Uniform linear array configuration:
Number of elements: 24
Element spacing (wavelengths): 0.75
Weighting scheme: binomial
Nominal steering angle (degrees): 30
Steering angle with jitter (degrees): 28.816
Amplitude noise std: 0.05
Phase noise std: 0.05

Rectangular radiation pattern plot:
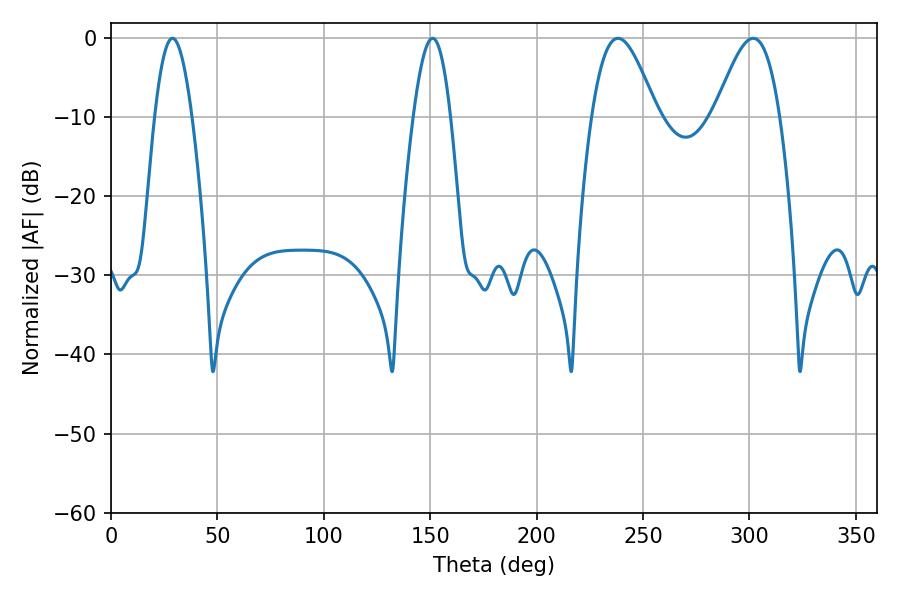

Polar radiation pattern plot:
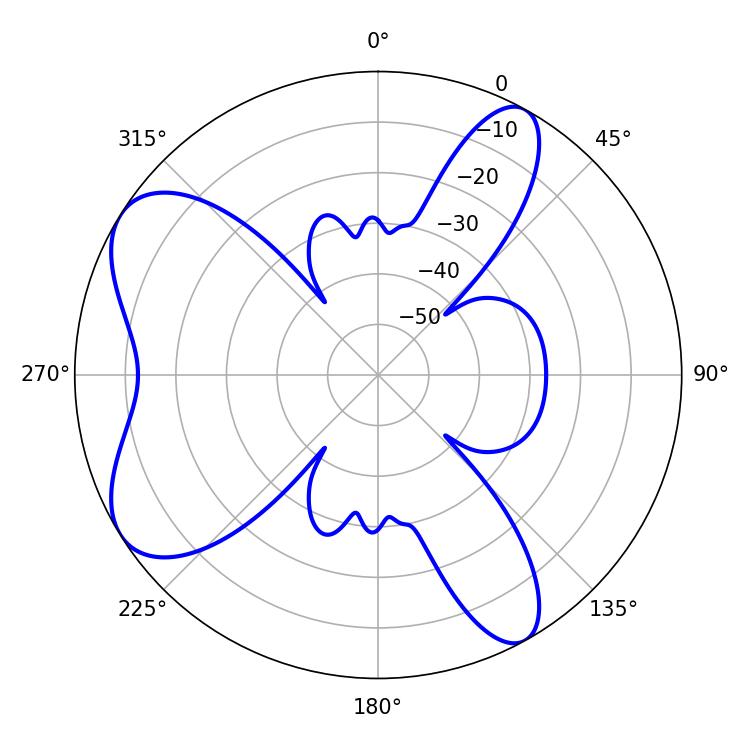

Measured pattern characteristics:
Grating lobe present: TRUE
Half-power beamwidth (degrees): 16.2
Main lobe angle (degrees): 238.32